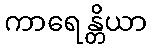
ကာရေန္တိယာ